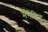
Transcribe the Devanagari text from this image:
मैँनेंजिग